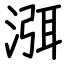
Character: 渳